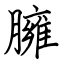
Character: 臃